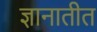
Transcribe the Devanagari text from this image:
ज्ञानातीत